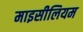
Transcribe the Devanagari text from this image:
माइसीलियम